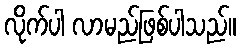
လိုက်ပါ လာမည်ဖြစ်ပါသည်။